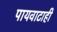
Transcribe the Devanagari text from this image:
पायवाटाही